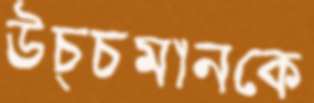
উচ্চমানকে